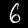
Label: 6